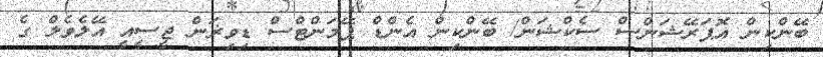
ބޭންކިން އޮޕަރޭޝަންސް ސެކްޝަން/ ބޭންކިން އެންޑް ޕޭމަންޓްސް ޑިވިޜަން ޖީސީއީ އޭލެވެލް ގެ